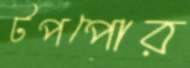
টপপোর